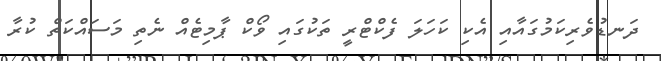
ދަނޑުވެރިކަމުގައާއި އެކި ކަހަލަ ފެކްޓްރީ ތަކުގައި ވޯކް ޕާމިޓެއް ނެތި މަސައްކަތް ކުރާ